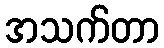
အသက်တာ